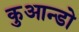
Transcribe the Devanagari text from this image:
कुआन्डो